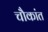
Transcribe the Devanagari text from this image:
चौकांत